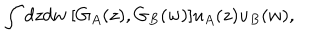
\int d z d w \ [ G _ { A } ( z ) , G _ { B } ( w ) ] u _ { A } ( z ) u _ { B } ( w ) ,